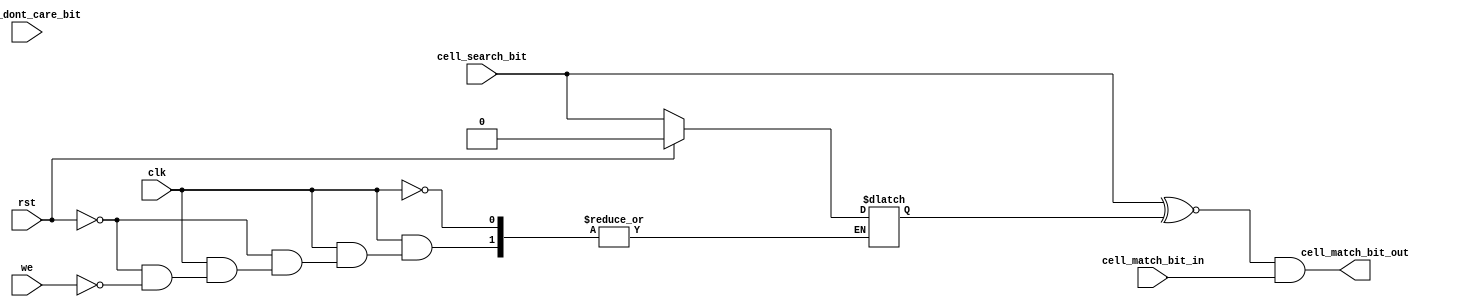
`timescale 1ns / 1ps
                              // template from online vhdl bcam file
module BCAM_Cell(
	input wire clk,
	input wire rst,
	input wire we,               // write enable
	input wire cell_search_bit, 
	input wire cell_dont_care_bit,
	input wire cell_match_bit_in,
	output wire cell_match_bit_out
    );
	 
reg temp;
always @*begin
	if (clk == 1)
	begin
		if(rst == 1)                     // if rst is high,  set to 0
		begin
			temp = 0;
		end
		else
		begin
			if(we == 1)                 // if write enable high, assign bit
			begin
				temp = cell_search_bit;
			end
		end
	end
end

// do xnor and and so you only set bit high when they're the same                                              
assign cell_match_bit_out = ((cell_search_bit ^~temp ) & cell_match_bit_in);  
endmodule